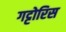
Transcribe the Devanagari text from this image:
गट्टोरिस